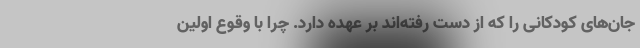
جان‌های کودکانی را که از دست رفته‌اند بر عهده دارد. چرا با وقوع اولین